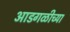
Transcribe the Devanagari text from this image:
आडगळीच्या